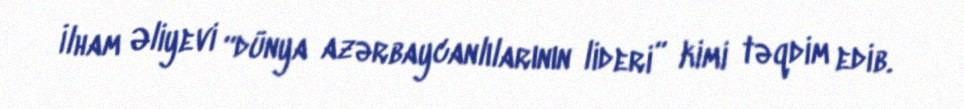
İlham Əliyevi “dünya azərbaycanlılarının lideri” kimi təqdim edib.